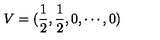
V = ( \frac { 1 } { 2 } , \frac { 1 } { 2 } , 0 , \cdots , 0 ) \nonumber